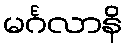
မင်္ဂလာနိ